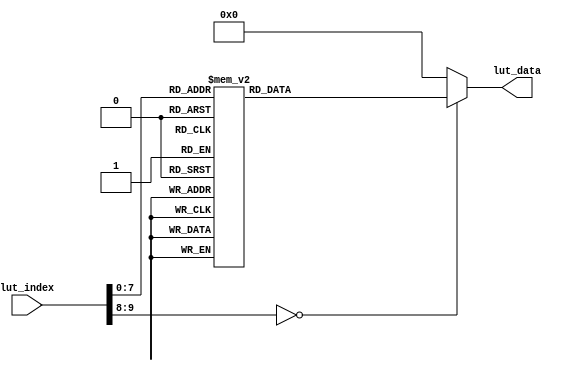


module lut_ov5640_rgb565_800_480(
	input[9:0]             lut_index,   
	output reg[31:0]       lut_data     
);

always@(*)
begin
	case(lut_index)			  
	    10'd  0: lut_data <= {8'h78 , 24'h310311}; 
	    10'd  1: lut_data <= {8'h78 , 24'h300882};
	    10'd  2: lut_data <= {8'h78 , 24'h300842};
	    10'd  3: lut_data <= {8'h78 , 24'h310303};
	    10'd  4: lut_data <= {8'h78 , 24'h3017ff};
	    10'd  5: lut_data <= {8'h78 , 24'h3018ff};
	    10'd  6: lut_data <= {8'h78 , 24'h30341A};
	    10'd  7: lut_data <= {8'h78 , 24'h303713};
	    10'd  8: lut_data <= {8'h78 , 24'h310801};
	    10'd  9: lut_data <= {8'h78 , 24'h363036};
	    10'd 10: lut_data <= {8'h78 , 24'h36310e};
	    10'd 11: lut_data <= {8'h78 , 24'h3632e2};
	    10'd 12: lut_data <= {8'h78 , 24'h363312};
	    10'd 13: lut_data <= {8'h78 , 24'h3621e0};
	    10'd 14: lut_data <= {8'h78 , 24'h3704a0};
	    10'd 15: lut_data <= {8'h78 , 24'h37035a};
	    10'd 16: lut_data <= {8'h78 , 24'h371578};
	    10'd 17: lut_data <= {8'h78 , 24'h371701};
	    10'd 18: lut_data <= {8'h78 , 24'h370b60};
	    10'd 19: lut_data <= {8'h78 , 24'h37051a};
	    10'd 20: lut_data <= {8'h78 , 24'h390502};
	    10'd 21: lut_data <= {8'h78 , 24'h390610};
	    10'd 22: lut_data <= {8'h78 , 24'h39010a};
	    10'd 23: lut_data <= {8'h78 , 24'h373112};
	    10'd 24: lut_data <= {8'h78 , 24'h360008};
	    10'd 25: lut_data <= {8'h78 , 24'h360133};
	    10'd 26: lut_data <= {8'h78 , 24'h302d60};
	    10'd 27: lut_data <= {8'h78 , 24'h362052};
	    10'd 28: lut_data <= {8'h78 , 24'h371b20};
	    10'd 29: lut_data <= {8'h78 , 24'h471c50};
	    10'd 30: lut_data <= {8'h78 , 24'h3a1343};
	    10'd 31: lut_data <= {8'h78 , 24'h3a1800};
	    10'd 32: lut_data <= {8'h78 , 24'h3a19f8};
	    10'd 33: lut_data <= {8'h78 , 24'h363513};
	    10'd 34: lut_data <= {8'h78 , 24'h363603};
	    10'd 35: lut_data <= {8'h78 , 24'h363440};
	    10'd 36: lut_data <= {8'h78 , 24'h362201};
	    10'd 37: lut_data <= {8'h78 , 24'h3c0134};
	    10'd 38: lut_data <= {8'h78 , 24'h3c0428};
	    10'd 39: lut_data <= {8'h78 , 24'h3c0598};
	    10'd 40: lut_data <= {8'h78 , 24'h3c0600};
	    10'd 41: lut_data <= {8'h78 , 24'h3c0708};
	    10'd 42: lut_data <= {8'h78 , 24'h3c0800};
	    10'd 43: lut_data <= {8'h78 , 24'h3c091c};
	    10'd 44: lut_data <= {8'h78 , 24'h3c0a9c};
	    10'd 45: lut_data <= {8'h78 , 24'h3c0b40};
	    10'd 46: lut_data <= {8'h78 , 24'h381000};
	    10'd 47: lut_data <= {8'h78 , 24'h381110};
	    10'd 48: lut_data <= {8'h78 , 24'h381200};
	    10'd 49: lut_data <= {8'h78 , 24'h370864};
	    10'd 50: lut_data <= {8'h78 , 24'h400102};
	    10'd 51: lut_data <= {8'h78 , 24'h40051a};
	    10'd 52: lut_data <= {8'h78 , 24'h300000};
	    10'd 53: lut_data <= {8'h78 , 24'h3004ff};
	    10'd 54: lut_data <= {8'h78 , 24'h300e58};
	    10'd 55: lut_data <= {8'h78 , 24'h302e00};
	    10'd 56: lut_data <= {8'h78 , 24'h430060};
	    10'd 57: lut_data <= {8'h78 , 24'h501f01};
	    10'd 58: lut_data <= {8'h78 , 24'h440e00};
	    10'd 59: lut_data <= {8'h78 , 24'h5000a7};
	    10'd 60: lut_data <= {8'h78 , 24'h3a0f30};
	    10'd 61: lut_data <= {8'h78 , 24'h3a1028};
	    10'd 62: lut_data <= {8'h78 , 24'h3a1b30};
	    10'd 63: lut_data <= {8'h78 , 24'h3a1e26};
	    10'd 64: lut_data <= {8'h78 , 24'h3a1160};
	    10'd 65: lut_data <= {8'h78 , 24'h3a1f14};
	    10'd 66: lut_data <= {8'h78 , 24'h580023};
	    10'd 67: lut_data <= {8'h78 , 24'h580114};
	    10'd 68: lut_data <= {8'h78 , 24'h58020f};
	    10'd 69: lut_data <= {8'h78 , 24'h58030f};
	    10'd 70: lut_data <= {8'h78 , 24'h580412};
	    10'd 71: lut_data <= {8'h78 , 24'h580526};
	    10'd 72: lut_data <= {8'h78 , 24'h58060c};
	    10'd 73: lut_data <= {8'h78 , 24'h580708};
	    10'd 74: lut_data <= {8'h78 , 24'h580805};
	    10'd 75: lut_data <= {8'h78 , 24'h580905};
	    10'd 76: lut_data <= {8'h78 , 24'h580a08};
	    10'd 77: lut_data <= {8'h78 , 24'h580b0d};
	    10'd 78: lut_data <= {8'h78 , 24'h580c08};
	    10'd 79: lut_data <= {8'h78 , 24'h580d03};
	    10'd 80: lut_data <= {8'h78 , 24'h580e00};
	    10'd 81: lut_data <= {8'h78 , 24'h580f00};
	    10'd 82: lut_data <= {8'h78 , 24'h581003};
	    10'd 83: lut_data <= {8'h78 , 24'h581109};
	    10'd 84: lut_data <= {8'h78 , 24'h581207};
	    10'd 85: lut_data <= {8'h78 , 24'h581303};
	    10'd 86: lut_data <= {8'h78 , 24'h581400};
	    10'd 87: lut_data <= {8'h78 , 24'h581501};
	    10'd 88: lut_data <= {8'h78 , 24'h581603};
	    10'd 89: lut_data <= {8'h78 , 24'h581708};
	    10'd 90: lut_data <= {8'h78 , 24'h58180d};
	    10'd 91: lut_data <= {8'h78 , 24'h581908};
	    10'd 92: lut_data <= {8'h78 , 24'h581a05};
	    10'd 93: lut_data <= {8'h78 , 24'h581b06};
	    10'd 94: lut_data <= {8'h78 , 24'h581c08};
	    10'd 95: lut_data <= {8'h78 , 24'h581d0e};
	    10'd 96: lut_data <= {8'h78 , 24'h581e29};
	    10'd 97: lut_data <= {8'h78 , 24'h581f17};
	    10'd 98: lut_data <= {8'h78 , 24'h582011};
	    10'd 99: lut_data <= {8'h78 , 24'h582111};
	    10'd100: lut_data <= {8'h78 , 24'h582215};
	    10'd101: lut_data <= {8'h78 , 24'h582328};
	    10'd102: lut_data <= {8'h78 , 24'h582446};
	    10'd103: lut_data <= {8'h78 , 24'h582526};
	    10'd104: lut_data <= {8'h78 , 24'h582608};
	    10'd105: lut_data <= {8'h78 , 24'h582726};
	    10'd106: lut_data <= {8'h78 , 24'h582864};
	    10'd107: lut_data <= {8'h78 , 24'h582926};
	    10'd108: lut_data <= {8'h78 , 24'h582a24};
	    10'd109: lut_data <= {8'h78 , 24'h582b22};
	    10'd110: lut_data <= {8'h78 , 24'h582c24};
	    10'd111: lut_data <= {8'h78 , 24'h582d24};
	    10'd112: lut_data <= {8'h78 , 24'h582e06};
	    10'd113: lut_data <= {8'h78 , 24'h582f22};
	    10'd114: lut_data <= {8'h78 , 24'h583040};
	    10'd115: lut_data <= {8'h78 , 24'h583142};
	    10'd116: lut_data <= {8'h78 , 24'h583224};
	    10'd117: lut_data <= {8'h78 , 24'h583326};
	    10'd118: lut_data <= {8'h78 , 24'h583424};
	    10'd119: lut_data <= {8'h78 , 24'h583522};
	    10'd120: lut_data <= {8'h78 , 24'h583622};
	    10'd121: lut_data <= {8'h78 , 24'h583726};
	    10'd122: lut_data <= {8'h78 , 24'h583844};
	    10'd123: lut_data <= {8'h78 , 24'h583924};
	    10'd124: lut_data <= {8'h78 , 24'h583a26};
	    10'd125: lut_data <= {8'h78 , 24'h583b28};
	    10'd126: lut_data <= {8'h78 , 24'h583c42};
	    10'd127: lut_data <= {8'h78 , 24'h583dce};
	    10'd128: lut_data <= {8'h78 , 24'h5180ff};
	    10'd129: lut_data <= {8'h78 , 24'h5181f2};
	    10'd130: lut_data <= {8'h78 , 24'h518200};
	    10'd131: lut_data <= {8'h78 , 24'h518314};
	    10'd132: lut_data <= {8'h78 , 24'h518425};
	    10'd133: lut_data <= {8'h78 , 24'h518524};
	    10'd134: lut_data <= {8'h78 , 24'h518609};
	    10'd135: lut_data <= {8'h78 , 24'h518709};
	    10'd136: lut_data <= {8'h78 , 24'h518809};
	    10'd137: lut_data <= {8'h78 , 24'h518975};
	    10'd138: lut_data <= {8'h78 , 24'h518a54};
	    10'd139: lut_data <= {8'h78 , 24'h518be0};
	    10'd140: lut_data <= {8'h78 , 24'h518cb2};
	    10'd141: lut_data <= {8'h78 , 24'h518d42};
	    10'd142: lut_data <= {8'h78 , 24'h518e3d};
	    10'd143: lut_data <= {8'h78 , 24'h518f56};
	    10'd144: lut_data <= {8'h78 , 24'h519046};
	    10'd145: lut_data <= {8'h78 , 24'h5191f8};
	    10'd146: lut_data <= {8'h78 , 24'h519204};
	    10'd147: lut_data <= {8'h78 , 24'h519370};
	    10'd148: lut_data <= {8'h78 , 24'h5194f0};
	    10'd149: lut_data <= {8'h78 , 24'h5195f0};
	    10'd150: lut_data <= {8'h78 , 24'h519603};
	    10'd151: lut_data <= {8'h78 , 24'h519701};
	    10'd152: lut_data <= {8'h78 , 24'h519804};
	    10'd153: lut_data <= {8'h78 , 24'h519912};
	    10'd154: lut_data <= {8'h78 , 24'h519a04};
	    10'd155: lut_data <= {8'h78 , 24'h519b00};
	    10'd156: lut_data <= {8'h78 , 24'h519c06};
	    10'd157: lut_data <= {8'h78 , 24'h519d82};
	    10'd158: lut_data <= {8'h78 , 24'h519e38};
	    10'd159: lut_data <= {8'h78 , 24'h548001};
	    10'd160: lut_data <= {8'h78 , 24'h548108};
	    10'd161: lut_data <= {8'h78 , 24'h548214};
	    10'd162: lut_data <= {8'h78 , 24'h548328};
	    10'd163: lut_data <= {8'h78 , 24'h548451};
	    10'd164: lut_data <= {8'h78 , 24'h548565};
	    10'd165: lut_data <= {8'h78 , 24'h548671};
	    10'd166: lut_data <= {8'h78 , 24'h54877d};
	    10'd167: lut_data <= {8'h78 , 24'h548887};
	    10'd168: lut_data <= {8'h78 , 24'h548991};
	    10'd169: lut_data <= {8'h78 , 24'h548a9a};
	    10'd170: lut_data <= {8'h78 , 24'h548baa};
	    10'd171: lut_data <= {8'h78 , 24'h548cb8};
	    10'd172: lut_data <= {8'h78 , 24'h548dcd};
	    10'd173: lut_data <= {8'h78 , 24'h548edd};
	    10'd174: lut_data <= {8'h78 , 24'h548fea};
	    10'd175: lut_data <= {8'h78 , 24'h54901d};
	    10'd176: lut_data <= {8'h78 , 24'h53811e};
	    10'd177: lut_data <= {8'h78 , 24'h53825b};
	    10'd178: lut_data <= {8'h78 , 24'h538308};
	    10'd179: lut_data <= {8'h78 , 24'h53840a};
	    10'd180: lut_data <= {8'h78 , 24'h53857e};
	    10'd181: lut_data <= {8'h78 , 24'h538688};
	    10'd182: lut_data <= {8'h78 , 24'h53877c};
	    10'd183: lut_data <= {8'h78 , 24'h53886c};
	    10'd184: lut_data <= {8'h78 , 24'h538910};
	    10'd185: lut_data <= {8'h78 , 24'h538a01};
	    10'd186: lut_data <= {8'h78 , 24'h538b98};
	    10'd187: lut_data <= {8'h78 , 24'h558006};
	    10'd188: lut_data <= {8'h78 , 24'h558340};
	    10'd189: lut_data <= {8'h78 , 24'h558410};
	    10'd190: lut_data <= {8'h78 , 24'h558910};
	    10'd191: lut_data <= {8'h78 , 24'h558a00};
	    10'd192: lut_data <= {8'h78 , 24'h558bf8};
	    10'd193: lut_data <= {8'h78 , 24'h501d40};
	    10'd194: lut_data <= {8'h78 , 24'h530008};
	    10'd195: lut_data <= {8'h78 , 24'h530130};
	    10'd196: lut_data <= {8'h78 , 24'h530210};
	    10'd197: lut_data <= {8'h78 , 24'h530300};
	    10'd198: lut_data <= {8'h78 , 24'h530408};
	    10'd199: lut_data <= {8'h78 , 24'h530530};
	    10'd200: lut_data <= {8'h78 , 24'h530608};
	    10'd201: lut_data <= {8'h78 , 24'h530716};
	    10'd202: lut_data <= {8'h78 , 24'h530908};
	    10'd203: lut_data <= {8'h78 , 24'h530a30};
	    10'd204: lut_data <= {8'h78 , 24'h530b04};
	    10'd205: lut_data <= {8'h78 , 24'h530c06};
	    10'd206: lut_data <= {8'h78 , 24'h502500};
	    10'd207: lut_data <= {8'h78 , 24'h300802};
	    10'd208: lut_data <= {8'h78 , 24'h303511};
	    10'd209: lut_data <= {8'h78 , 24'h303646};
	    10'd210: lut_data <= {8'h78 , 24'h3c0708};
	    10'd211: lut_data <= {8'h78 , 24'h382047};
	    10'd212: lut_data <= {8'h78 , 24'h382101};
	    10'd213: lut_data <= {8'h78 , 24'h381431};
	    10'd214: lut_data <= {8'h78 , 24'h381531};
	    10'd215: lut_data <= {8'h78 , 24'h380000};
	    10'd216: lut_data <= {8'h78 , 24'h380100};
	    10'd217: lut_data <= {8'h78 , 24'h380200};
	    10'd218: lut_data <= {8'h78 , 24'h380304};
	    10'd219: lut_data <= {8'h78 , 24'h38040a};
	    10'd220: lut_data <= {8'h78 , 24'h38053f};
	    10'd221: lut_data <= {8'h78 , 24'h380607};
	    10'd222: lut_data <= {8'h78 , 24'h38079b};
	    10'd223: lut_data <= {8'h78 , 24'h380803};
	    10'd224: lut_data <= {8'h78 , 24'h380920};
	    10'd225: lut_data <= {8'h78 , 24'h380a01};
	    10'd226: lut_data <= {8'h78 , 24'h380be0};
	    10'd227: lut_data <= {8'h78 , 24'h380c07};
	    10'd228: lut_data <= {8'h78 , 24'h380d68};
	    10'd229: lut_data <= {8'h78 , 24'h380e03};
	    10'd230: lut_data <= {8'h78 , 24'h380fd8};
	    10'd231: lut_data <= {8'h78 , 24'h381306};
	    10'd232: lut_data <= {8'h78 , 24'h361800};
	    10'd233: lut_data <= {8'h78 , 24'h361229};
	    10'd234: lut_data <= {8'h78 , 24'h370952};
	    10'd235: lut_data <= {8'h78 , 24'h370c03};
	    10'd236: lut_data <= {8'h78 , 24'h3a0217};
	    10'd237: lut_data <= {8'h78 , 24'h3a0310};
	    10'd238: lut_data <= {8'h78 , 24'h3a1417};
	    10'd239: lut_data <= {8'h78 , 24'h3a1510};
	    10'd240: lut_data <= {8'h78 , 24'h400402};
	    10'd241: lut_data <= {8'h78 , 24'h30021c};
	    10'd242: lut_data <= {8'h78 , 24'h3006c3};
	    10'd243: lut_data <= {8'h78 , 24'h471303};
	    10'd244: lut_data <= {8'h78 , 24'h440704};
	    10'd245: lut_data <= {8'h78 , 24'h460b35};
	    10'd246: lut_data <= {8'h78 , 24'h460c22};
	    10'd247: lut_data <= {8'h78 , 24'h483722};
	    10'd248: lut_data <= {8'h78 , 24'h382402};
	    10'd249: lut_data <= {8'h78 , 24'h5001a3};
	    10'd250: lut_data <= {8'h78 , 24'h350300};
	    10'd251: lut_data <= {8'h78 , 24'h301602};
	    10'd252: lut_data <= {8'h78 , 24'h3b070a};
	    10'd253: lut_data <= {8'h78 , 24'h3b0083};
	    10'd254: lut_data <= {8'h78 , 24'h3b0000};
		10'd255: lut_data <= {8'hff , 24'hffffff};
		default:lut_data <= {8'h00,16'h0000,8'h00};
	endcase
end


endmodule